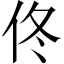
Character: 佟